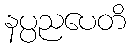
နပ္ပညပေတိ